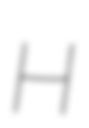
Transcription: H